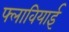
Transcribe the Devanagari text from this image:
फ्लावियाई